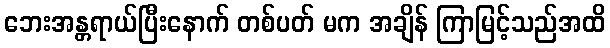
ဘေးအန္တရာယ်ပြီးနောက် တစ်ပတ် မက အချိန် ကြာမြင့်သည်အထိ